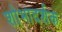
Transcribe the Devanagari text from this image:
शोभादर्शक